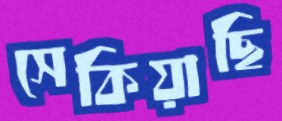
সেকিয়াছি